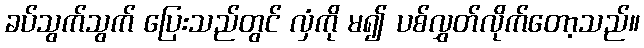
ခပ်သွက်သွက် ပြေးသည်တွင် လှံကို မ၍ ပစ်လွှတ်လိုက်တော့သည်။